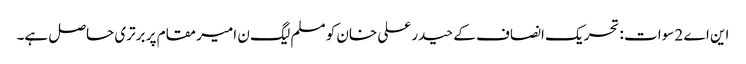
این اے 2 سوات : تحریک انصاف کے حیدر علی خان کو مسلم لیگ ن امیر مقام پر برتری حاصل ہے۔